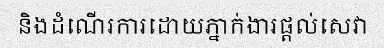
និងដំណើរការដោយភ្នាក់ងារផ្តល់សេវា